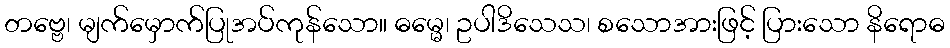
တဗ္ဗေ၊ မျက်မှောက်ပြုအပ်ကုန်သော။ ဓမ္မေ၊ ဥပါဒိသေသ၊ စသောအားဖြင့် ပြားသော နိရောဓ